Civil Veterinary Dept. Bombay admin report 1907-1913 - 1907-1913
Year: 1907
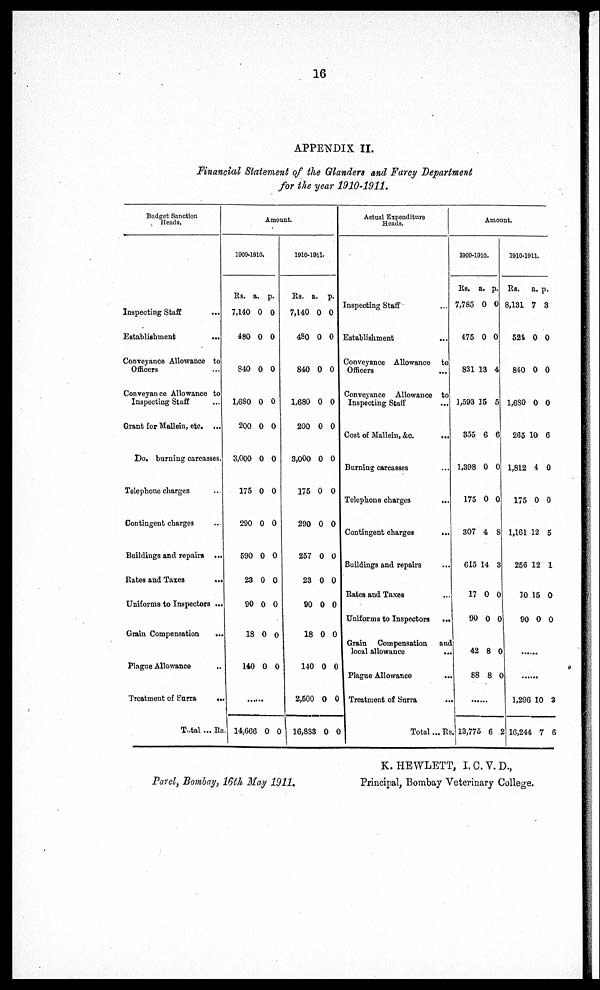
16
APPENDIX II.
Financial Statement of the Glanders and Farcy Department
for the year 1910-1911.
Budget Sanction
Heads.
Inspecting Staff
...
Establishment
...
Conveyance Allowance to
Officers ...
Conveyance Allowance to
Inspecting Staff ...
Grant for Mallein, etc. ...
Do. burning carcasses.
Telephone charges ...
Contingent charges ...
Buildings and repairs ...
Rates and Taxes
...
Uniforms to Inspectors ...
Grain Compensation ...
Plague Allowance ...
Treatment of Surra
...
Total ... Rs.
Amount.
1909-1910.
Rs. a.
7,140
480
840
1,680
200
3,000
175
290
590
23
90
18
140
.......
14,666
p.
0
0
0
0
0
0
0
0
0
0
0
0
0
0
0
0
0
0
0
0
0
0
0
0
0
0
0
0
1910-1911.
Rs.
7,140
480
480
1,680
200
3,000
175
290
257
23
90
18
140
2,500
16,833
a.
0
0
0
0
0
0
0
0
0
0
0
0
0
0
0
p.
0
0
0
0
0
0
0
0
0
0
0
0
0
0
0
Actual Expenditure
Heads.
Inspecting Staff ...
Establishment ...
Conveyance Allowance to
Officers
...
Conveyance Allowance to
Inspecting Staff ...
Cost of Mallein, &c.
...
Burning carcasses ...
Telephone charges
...
Contingent charges
...
Buildings and repairs ...
Rates and Taxes ...
Uniforms to Inspectors
...
Grain Compensation
and
local allowance
...
Plague Allowance ...
Treatment of Surra ...
Total ... Rs.
Amount.
1009-1010.
Rs.
7,785
475
831 13
1,593
355
1,398
175
307
615
17
90
42
88
13,775
a.
0
0
4
15
6
0
0
4
14
0
0
8
8
6
p.
0
0
5
6
0
0
8
3
0
0
0
0
2
1910-1911.
Rs.
3,131
524
840
1,680
265
1,812
175
1,161
256
10
90
......
......
1,296
16,244
a.
7
0
0
0
10
4
0
12
12
15
0
10
7
p.
3
0
0
0
6
0
0
5
1
0
0
3
6
Parel, Bombay, 16th May 1911.
K. HEWLETT, I.C.V.D.,
Principal, Bombay Veterinary College.